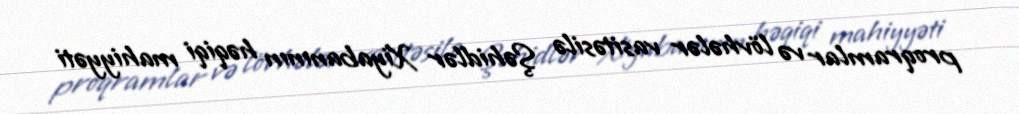
proqramlar və lövhələr vasitəsilə Şəhidlər Xiyabanının həqiqi mahiyyəti